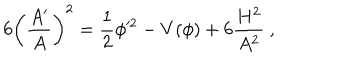
6 \left( { \frac { A ^ { \prime } } { A } } \right) ^ { 2 } = { \frac { 1 } { 2 } } \phi ^ { 2 } - V ( \phi ) + 6 { \frac { H ^ { 2 } } { A ^ { 2 } } } \ ,